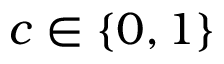
c \in \{ 0 , 1 \}